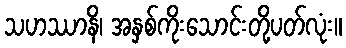
သဟဿာနိ၊ အနှစ်ကိုးသောင်းတို့ပတ်လုံး။